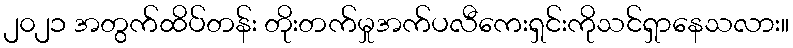
၂၀၂၁ အတွက်ထိပ်တန်း တိုးတက်မှုအက်ပလီကေးရှင်းကိုသင်ရှာနေသလား။